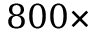
8 0 0 \times